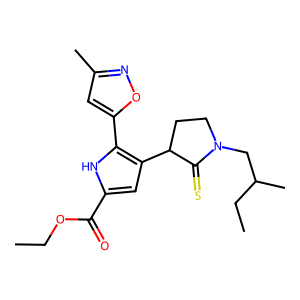
SMILES: CCOC(=O)c1cc(C2CCN(CC(C)CC)C2=S)c(-c2cc(C)no2)[nH]1
Inhibits HIV replication: No